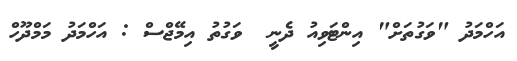
އަހްމަދު "ވަގުތަށް" އިންޓަވިއު ދެނީ  ވަގުތު އިމޭޖްސް : އަހްމަދު މަމްދޫހް